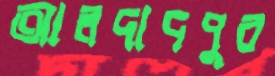
আলদাদপুর